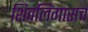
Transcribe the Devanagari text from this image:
शिवलिंगासच